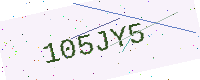
Text: 105JY5